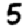
Digit: 5